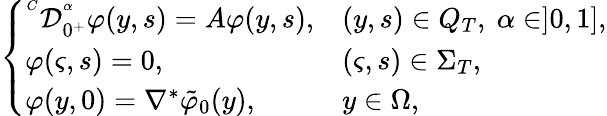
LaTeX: \left\{ \begin{array}{llll}{^{^C}\mathcal{D}_{0^{+}}^{^\alpha}\varphi(y,s)=A\varphi(y,s),}&{(y,s)\in Q_{T},\ \alpha\in]0,1],}\\ {\varphi(\varsigma,s)=0,}&{(\varsigma,s)\in\Sigma_{T},}\\ {\varphi(y,0)=\nabla^{*}\tilde{\varphi}_{0}(y),}&{y\in\Omega,}\end{array}\right.